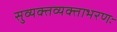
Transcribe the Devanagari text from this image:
सुव्यक्तव्यक्ताभरणः